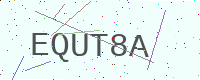
Text: EQUT8A